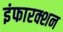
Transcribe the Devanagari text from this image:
इंफारक्शन